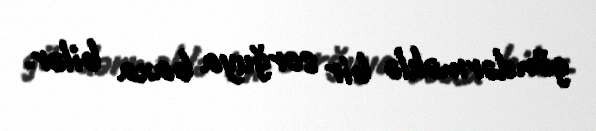
göndərməklə bir sorğuya baxa bilər.